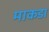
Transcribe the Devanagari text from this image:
माकडा